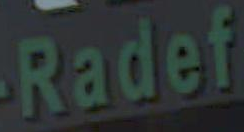
Radef